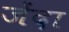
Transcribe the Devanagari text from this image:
जेंदा